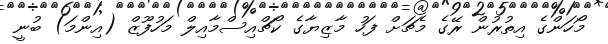
މޯހަންގެ އިތުރުން ރޭގެ މެޗަށް ފަހު މާޒިޔާގެ ކޯޗްއިސްމާއިލް މަހުފޫޒް (އިންމަ) ބުނީ